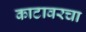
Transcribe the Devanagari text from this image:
काटावरचा